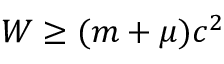
W \geq ( m + \mu ) c ^ { 2 }